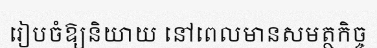
រៀបចំឱ្យនិយាយ នៅពេលមានសមត្ថកិច្ច